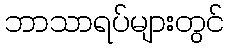
ဘာသာရပ်များတွင်